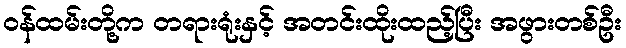
ဝန်ထမ်းတို့က တရားရုံးနှင့် အတင်းထိုးထည့်ပြီး အဖွားတစ်ဦး